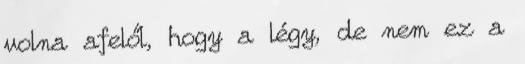
volna afelől, hogy a légy, de nem ez a